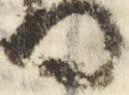
間